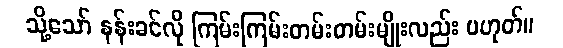
သို့သော် နန်းခင်လို ကြမ်းကြမ်းတမ်းတမ်းမျိုးလည်း မဟုတ်။